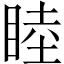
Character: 睦